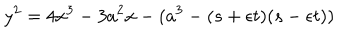
y ^ { 2 } = 4 x ^ { 3 } - 3 a ^ { 2 } x - ( a ^ { 3 } - ( s + \epsilon t ) ( s - \epsilon t ) )